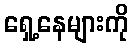
ရှေ့နေများကို